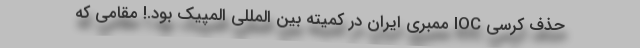
حذف کرسی IOC ممبری ایران در کمیته بین المللی المپیک بود.! مقامی که